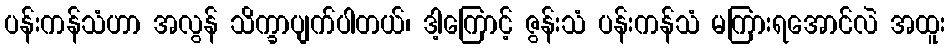
ပန်းကန်သံဟာ အလွန် သိက္ခာပျက်ပါတယ်၊ ဒါ့ကြောင့် ဇွန်းသံ ပန်းကန်သံ မကြားရအောင်လဲ အထူး